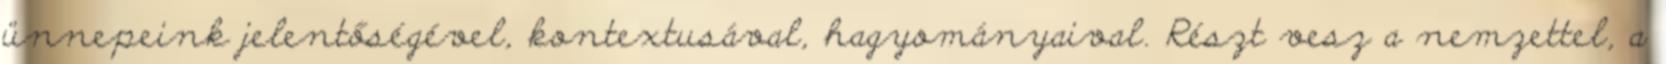
ünnepeink jelentőségével, kontextusával, hagyományaival. Részt vesz a nemzettel, a